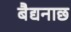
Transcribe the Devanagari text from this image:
बैद्यनाछ